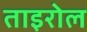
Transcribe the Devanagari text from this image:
ताइरोल